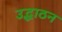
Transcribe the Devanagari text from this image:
उद्धाठन